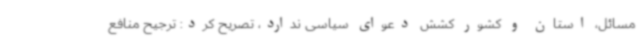
مسائل، استان و کشور کشش دعوای سیاسی ندارد، تصریح کرد: ترجیح منافع